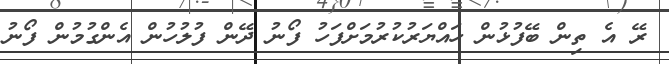
ރޭ އެ ތިން ބޭފުޅުން ހައްޔަރުކުރުމަށްފަހު ފޯނު ދޭން ފުލުހުން އެންގުމުން ފޯނު